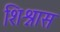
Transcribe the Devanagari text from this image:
शिश्नास